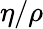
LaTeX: \eta/\rho